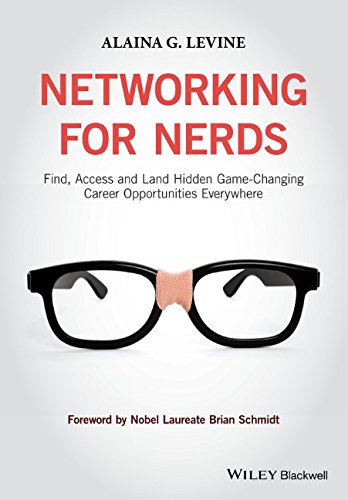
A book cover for Networking for Nerds: Find, Access and Land Hidden Game-Changing Career Opportunities Everywhere; Alaina G. Levine; Science & Math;